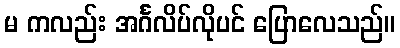
မ ကလည်း အင်္ဂလိပ်လိုပင် ပြောလေသည်။